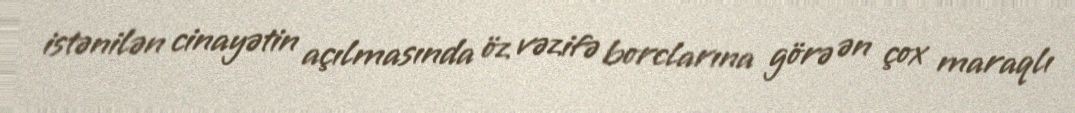
istənilən cinayətin açılmasında öz vəzifə borclarına görə ən çox maraqlı